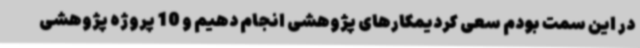
در این سمت بودم سعی کردیمکارهای پژوهشی انجام دهیم و 10 پروژه پژوهشی